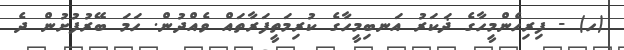
(ހ) - ފިރިހެންމީހާގެ ޛަކަރު އަނބިމީހާގެ ކުރިމަތީފަރާތައް ވެއްދުން. ހަމަ ބޭރުފުށުން ދެ